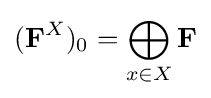
(\mathbf {F} ^{X})_{0}=\bigoplus _{x\in X}\mathbf {F}